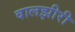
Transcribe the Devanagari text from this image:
वालझीरी